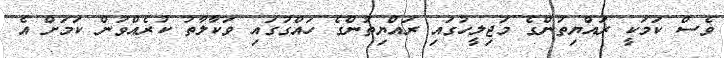
ވެސް ކަމަކީ ރައްޔިތުންގެ މަޖިލީހުގައި ރައްޔިތުންގެ ހައްގުގައި ވަކާލާތު ކުރެއްވުން ކަމަށް އެ